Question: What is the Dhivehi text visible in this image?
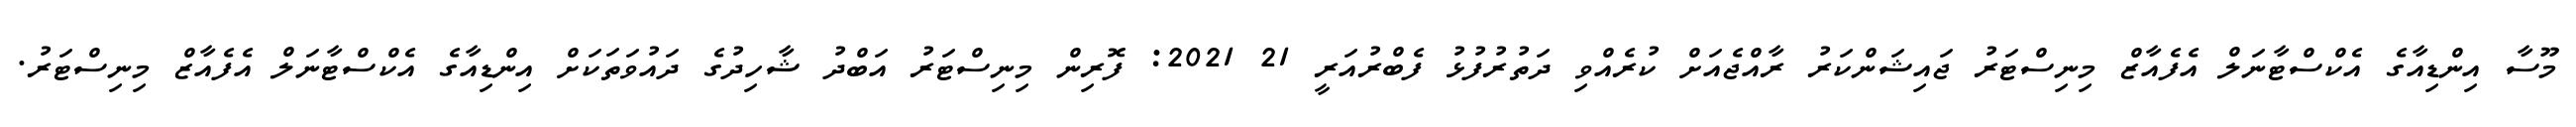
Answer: މޫސާ އިންޑިއާގެ އެކްސްޓާނަލް އެފެއާޒް މިނިސްޓަރު ޖައިޝަންކަރު ރާއްޖެއަށް ކުރެއްވި ދަތުރުފުޅު ފެބްރުއަރީ 21 2021: ފޮރިން މިނިސްޓަރު އަބްދު ޝާހިދުގެ ދައުވަތަކަށް އިންޑިއާގެ އެކްސްޓާނަލް އެފެއާޒް މިނިސްޓަރު.